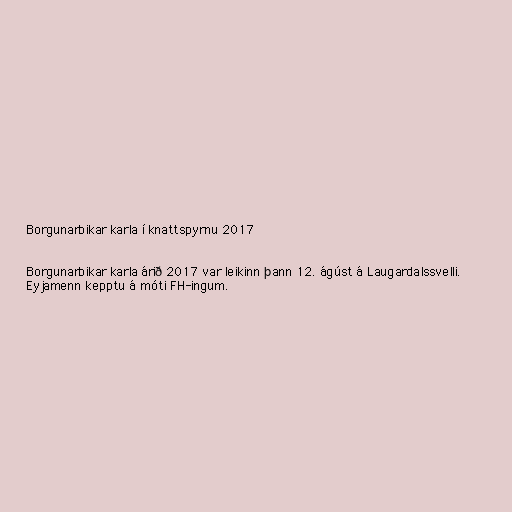
Borgunarbikar karla í knattspyrnu 2017

Borgunarbikar karla árið 2017 var leikinn þann 12. ágúst á Laugardalssvelli.
Eyjamenn kepptu á móti FH-ingum.